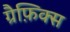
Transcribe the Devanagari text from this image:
ग्रैफ़िक्स